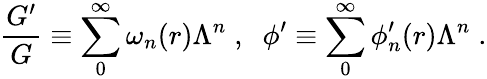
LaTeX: \frac{G^{\prime}}{G}\equiv\sum_{0}^{\infty}\omega_{n}(r)\Lambda^{n}\; ,\; \; \phi^{\prime}\equiv\sum_{0}^{\infty}\phi_{n}^{\prime}(r)\Lambda^{n}\; .